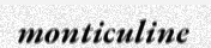
monticuline